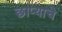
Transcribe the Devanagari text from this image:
छाप्याचे